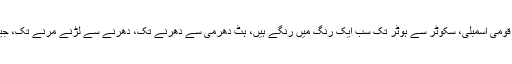
وہ سیاسی کارکن ہو یا رہنما، کونسلر ہو یا ایم پی اے یا پھر معزز رکن قومی اسمبلی، سکوٹر سے ہوٹر تک سب ایک رنگ میں رنگے ہیں، ہٹ دھرمی سے دھرنے تک، دھرنے سے لڑنے مرنے تک، جیسی قوم ویسے حکمراں، یا یوں سمجھ لیجیے جیسا ریوڑ ویسے گلہ بان۔